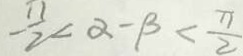
- \frac { \pi } { 2 } < \alpha - \beta < \frac { \pi } { 2 }